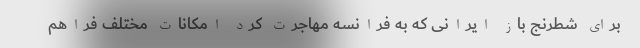
برای شطرنج باز ایرانی که به فرانسه مهاجرت کرد امکانات مختلف فراهم